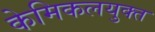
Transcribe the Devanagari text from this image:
केमिकलयुक्त